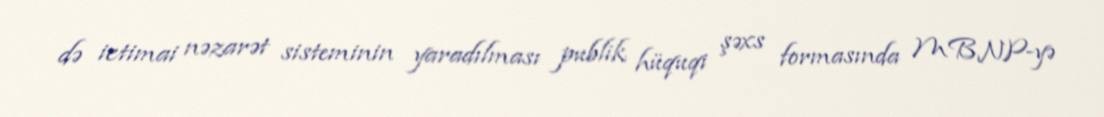
də ictimai nəzarət sisteminin yaradılması publik hüquqi şəxs formasında MBNP-yə